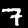
Digit: 7